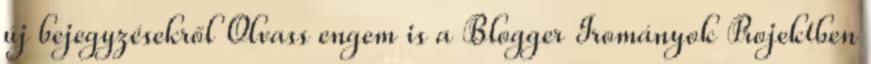
új bejegyzésekről Olvass engem is a Blogger Irományok Projektben